Specificity of antivenomous sera - Number 5
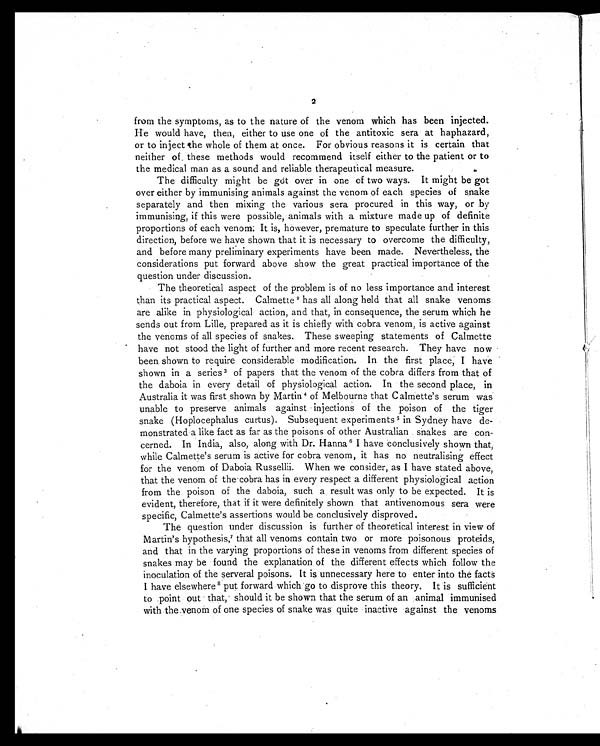
2
from the symptoms, as to the nature of the venom which has been injected.
He would have, then, either to use one of the antitoxic sera at haphazard,
or to inject the whole of them at once. For obvious reasons it is certain that
neither of these methods would recommend itself either to the patient or to
the medical man as a sound and reliable therapeutical measure.
The difficulty might be got over in one of two ways. It might be got
over either by immunising animals against the venom of each species of snake
separately and then mixing the various sera procured in this way, or by
immunising, if this were possible, animals with a mixture made up of definite
proportions of each venom: It is, however, premature to speculate further in this
direction, before we have shown that it is necessary to overcome the difficulty,
and before many preliminary experiments have been made. Nevertheless, the
considerations put forward above show the great practical importance of the
question under discussion.
The theoretical aspect of the problem is of no less importance and interest
than its practical aspect. Calmette 2 has all along held that all snake venoms
are alike in physiological action, and that, in consequence, the serum which he
sends out from Lille, prepared as it is chiefly with cobra venom, is active against
the venoms of all species of snakes. These sweeping statements of Calmette
have not stood the light of further and more recent research. They have now
been shown to require considerable modification. In the first place, I have
shown in a series 3 of papers that the venom of the cobra differs from that of
the daboia in every detail of physiological action. In the second place, in
Australia it was first shown by Martin 4 of Melbourne that Calmette's serum was
unable to preserve animals against injections of the poison of the tiger
snake (Hoplocephalus curtus). Subsequent experiments 5 in Sydney have de-
monstrated a like fact as far as the poisons of other Australian snakes are con-
cerned. In India, also, along with Dr. Hanna 6 I have conclusively shown that,
while Calmette's serum is active for cobra venom, it has no neutralising effect
for the venom of Daboia Russellii. When we consider, as I have stated above,
that the venom of the cobra has in every respect a different physiological action
from the poison of the daboia, such a result was only to be expected. It is
evident, therefore, that if it were definitely shown that antivenomous sera were
specific, Calmette's assertions would be conclusively disproved.
The question under discussion is further of theoretical interest in view of
Martin's hypothesis,7 t h a t a l l v e n o m s c o n t a i n t w o o r m o r e p o i s o n o u s p r o t e i d s ,
and that in the varying proportions of these in venoms from different species of
snakes may be found the explanation of the different effects which follow the
inoculation of the serveral poisons. It is unnecessary here to enter into the facts
I have elsewhere 8 put forward which go to disprove this theory. It is sufficient
to point out that, should it be shown that the serum of an animal immunised
with the venom of one species of snake was quite inactive against the venoms